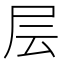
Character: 层